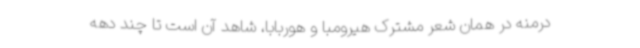
درمنه در همان شعر مشترک هیرومبا و هوربابا، شاهد آن است تا چند دهه